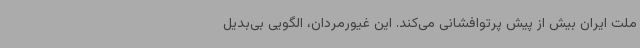
ملت ایران بیش از پیش پرتوافشانی می‌کند. این غیورمردان، الگویی بی‌بدیل